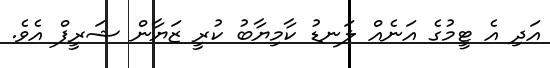
އަދި އެ ޓީމުގެ އަނެއް ލަނޑު ކާމިޔާބު ކުރީ ޒަޔާން ޝަރީފް އެވެ.